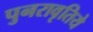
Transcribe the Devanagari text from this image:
पुनरावृतिये